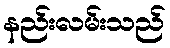
နည်းလမ်းသည်